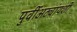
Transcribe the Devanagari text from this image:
पुर्वीअठ्यांयशीं